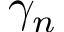
\gamma _ { n }